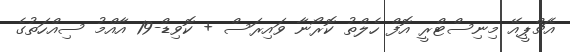
އެޗްޕީއޭ މިނިސްޓްރީ އޮފް ހެލްތު ކޮރޯނާ ވައިރަސް + ކޮވިޑް-19 އާއްމު ސިއްހަތުގެ